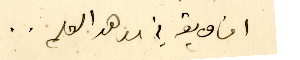
افاويقه في معاهد العلم ..